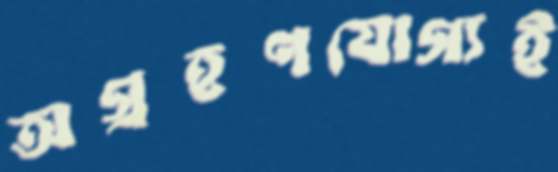
অগ্রহণযোগ্যই